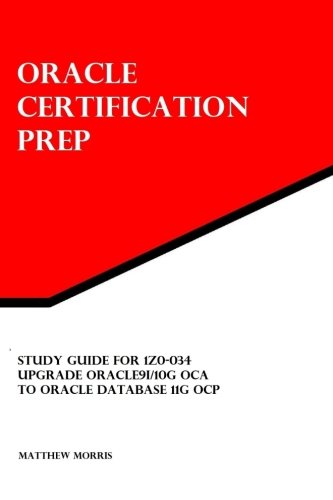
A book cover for Study Guide for 1Z0-034: Upgrade Oracle9i/10g OCA to Oracle Database 11g OCP: Oracle Certification Prep; Matthew Morris; Computers & Technology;